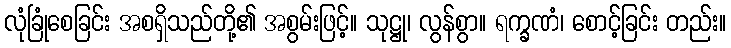
လုံခြုံစေခြင်း အစရှိသည်တို့၏ အစွမ်းဖြင့်။ သုဋ္ဌု၊ လွန်စွာ။ ရက္ခဏံ၊ စောင့်ခြင်း တည်း။